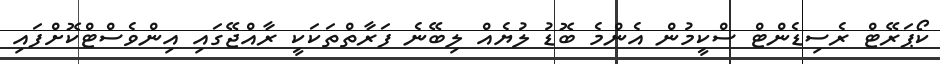
ކޯޕަރޭޓް ރެސިޑެންޓް ސްކީމުން އެންމެ ބޮޑު ލުޔެއް ލިބޭނެ ފަރާތްތަކަކީ ރާއްޖޭގައި އިންވެސްޓްކޮށްފައި